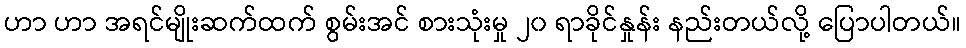
ဟာ ဟာ အရင်မျိုးဆက်ထက် စွမ်းအင် စားသုံးမှု ၂၀ ရာခိုင်နှုန်း နည်းတယ်လို့ ပြောပါတယ်။